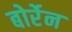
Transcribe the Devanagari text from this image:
बोर्रेन